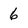
Character: 6